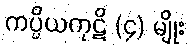
ကပ္ပိယကုဋိ (၄) မျိုး